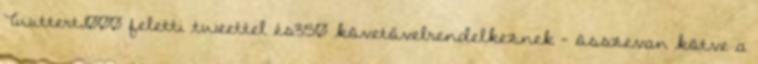
Twittert,1000 feletti tweettel és350 követővelrendelkeznek — összevan kötve a